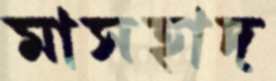
মাসহাদ